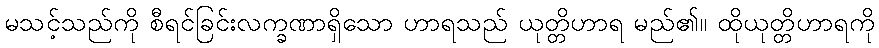
မသင့်သည်ကို စီရင်ခြင်းလက္ခဏာရှိသော ဟာရသည် ယုတ္တိဟာရ မည်၏။ ထိုယုတ္တိဟာရကို